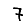
Digit: 7